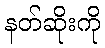
နတ်ဆိုးကို